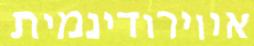
אווירודינמית